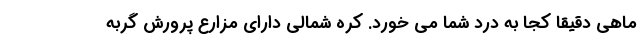
ماهی دقیقا کجا به درد شما می خورد. کره شمالی دارای مزارع پرورش گربه